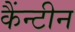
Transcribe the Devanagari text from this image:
कैंन्टीन